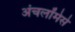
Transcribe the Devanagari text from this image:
अंचलोंमेसे